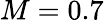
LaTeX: M=0.7